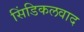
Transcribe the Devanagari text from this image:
सिंडिकलवाद